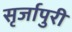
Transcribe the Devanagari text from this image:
सृर्जापुरी